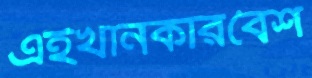
এইখানকারবৈশ